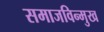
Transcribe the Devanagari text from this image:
समाजविन्मुख